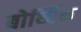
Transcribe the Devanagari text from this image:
बोर्थ्विक